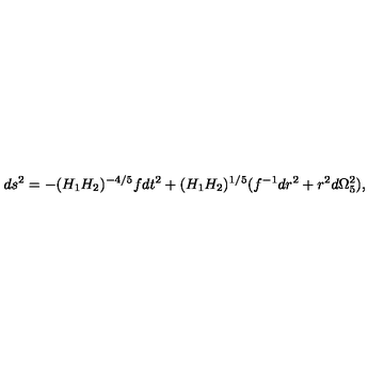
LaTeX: d s ^ { 2 } = - ( H _ { 1 } H _ { 2 } ) ^ { - 4 / 5 } f d t ^ { 2 } + ( H _ { 1 } H _ { 2 } ) ^ { 1 / 5 } ( f ^ { - 1 } d r ^ { 2 } + r ^ { 2 } d \Omega _ { 5 } ^ { 2 } ) ,